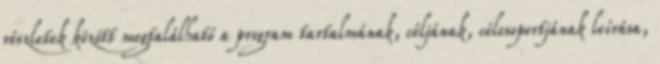
részletek között megtalálható a program tartalmának, céljának, célcsoportjának leírása,